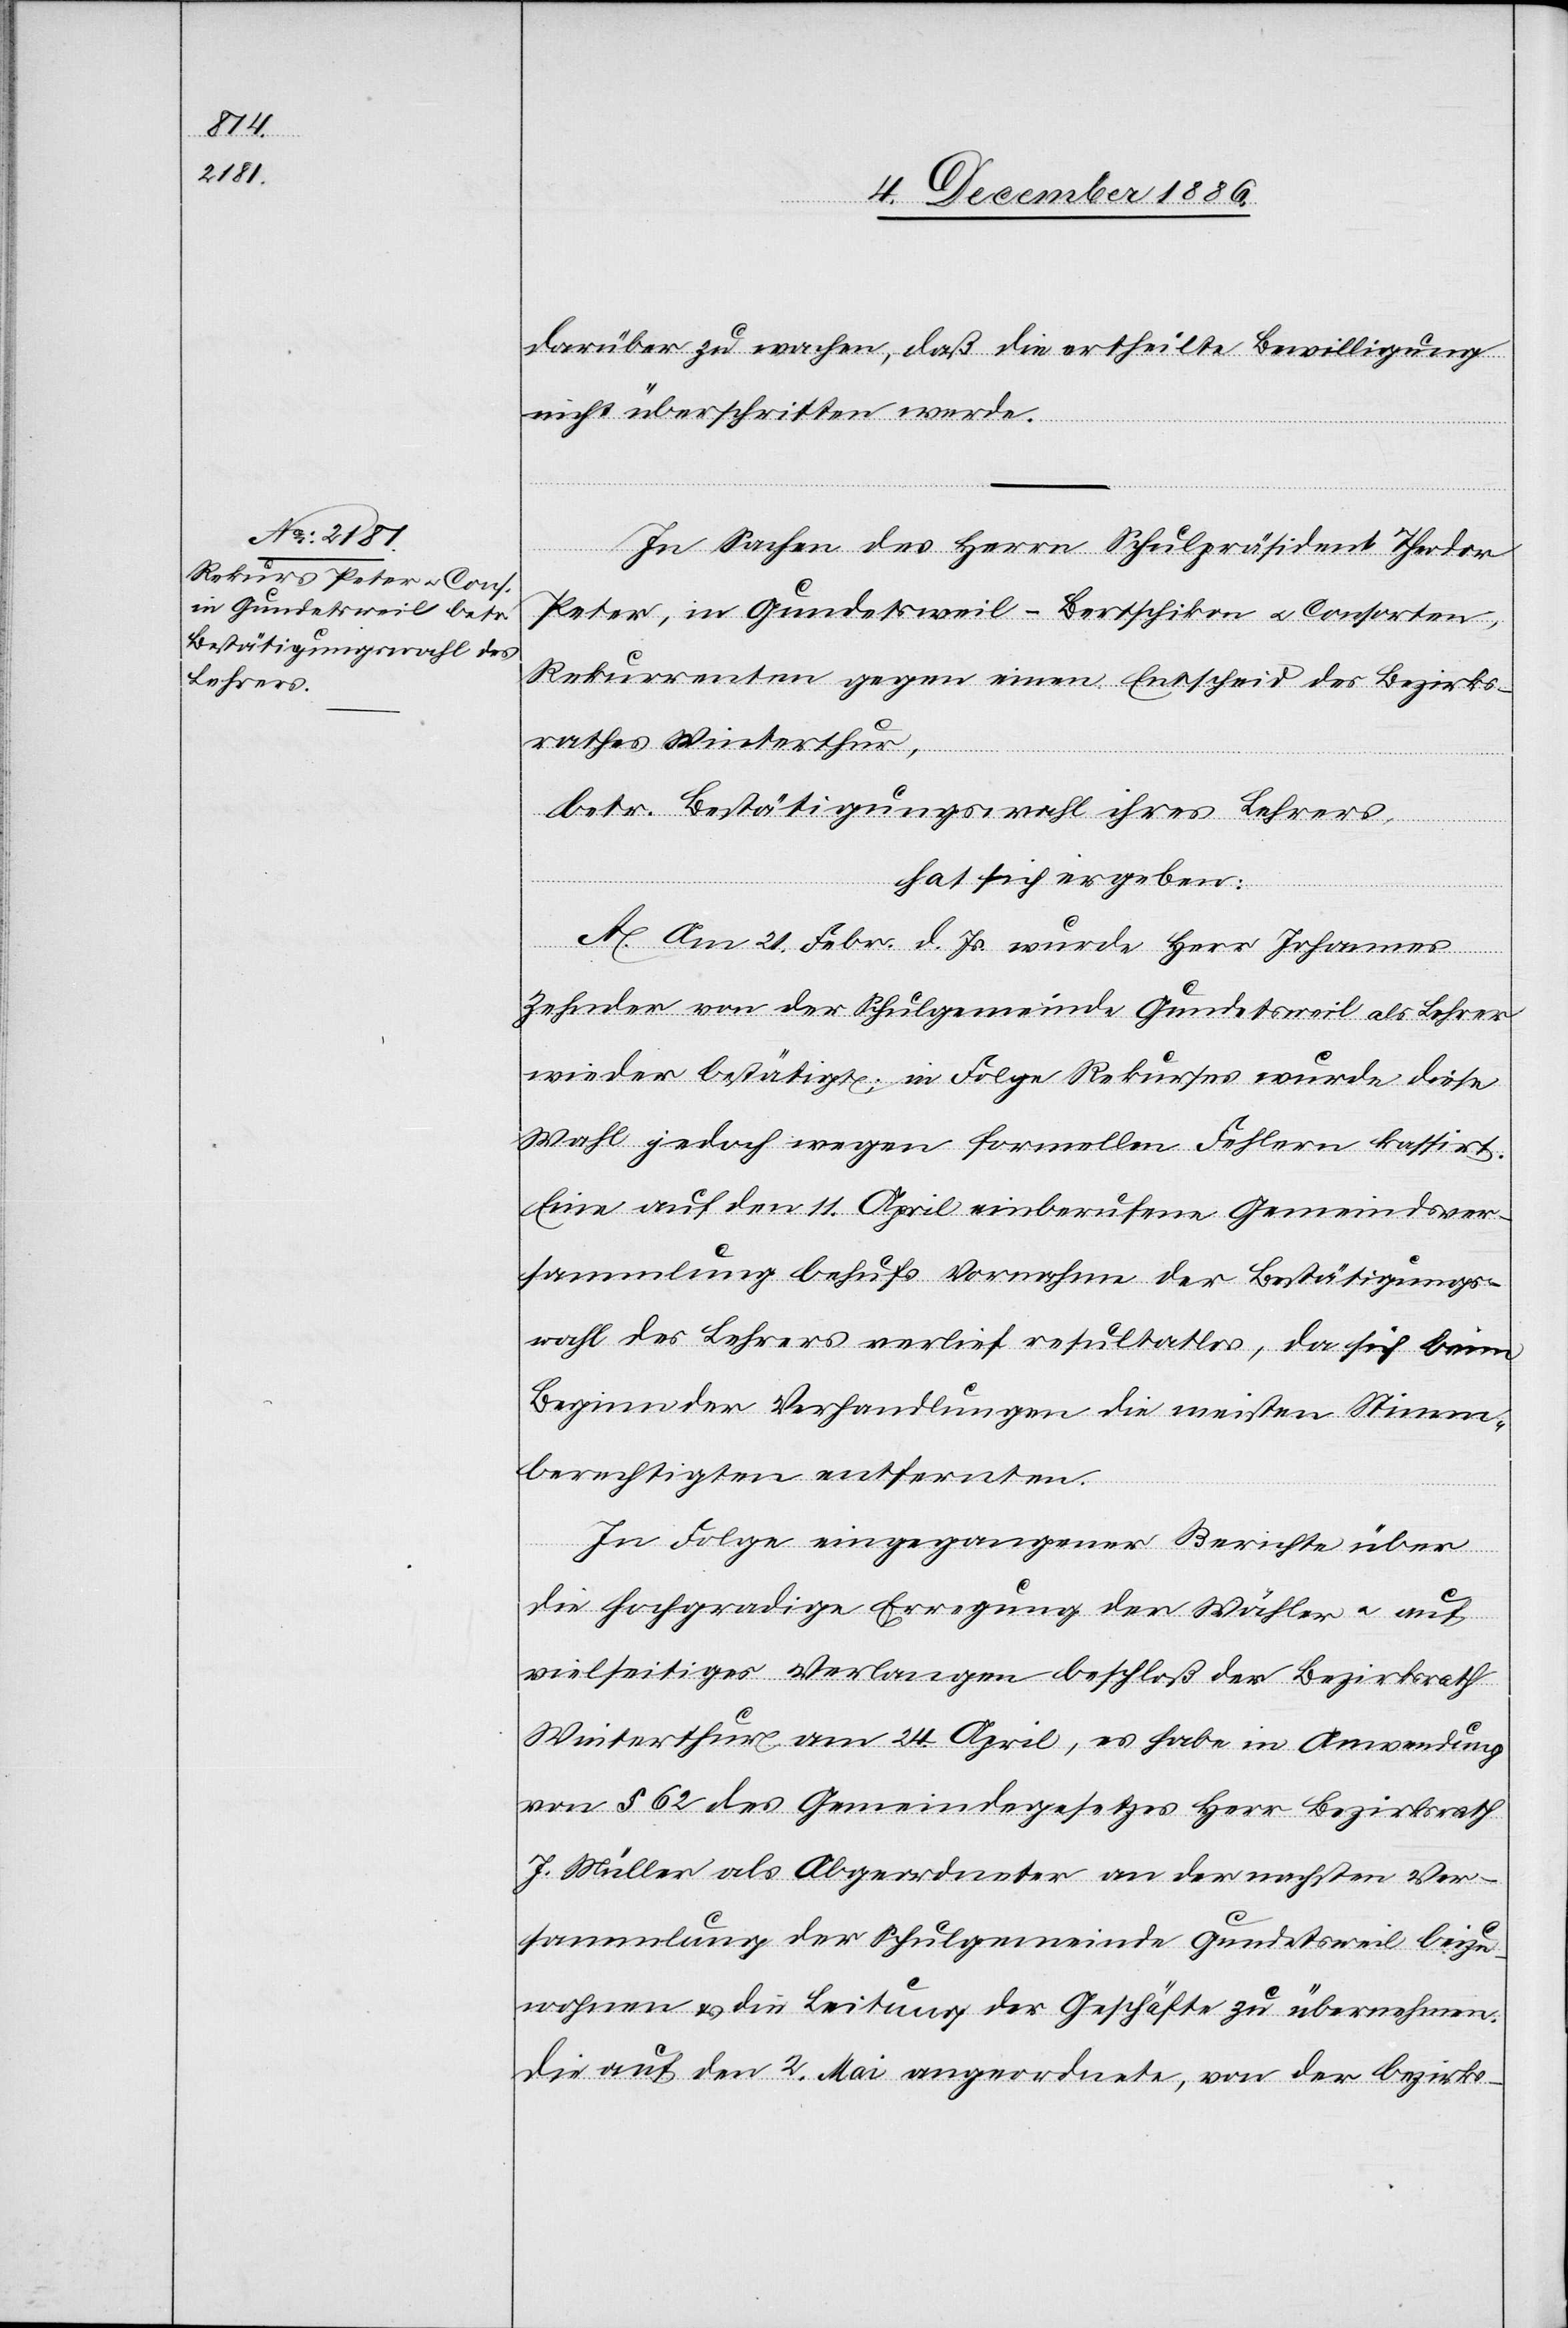
darüber zu wachen, daß die ertheilte Bewilligung
nicht überschritten werde.
In Sachen des Herrn Schulpräsident Theodor
Peter, in Gundetsweil - Bertschikon & Consorten,
Rekurrenten gegen einen Entscheid des Bezirks¬
rathes Winterthur,
betr. Bestätigungswahl ihres Lehrers,
hat sich ergeben:
A. Am 21. Febr. d. Js. wurde Herr Johannes
Zehnder von der Schulgemeinde Gundetsweil als Lehrer
wieder bestätigt; in Folge Rekurses wurde diese
Wahl jedoch wegen formellen Fehlern kassirt.
Eine auf den 11. April einberufene Gemeindsver¬
sammlung behufs Vornahme der Bestätigungs¬
wahl des Lehrers verlief resultatlos, da sich beim
Beginn der Verhandlungen die meisten Stimm¬
berechtigten entfernten.
In Folge eingegangener Berichte über
die hochgradige Erregung der Wähler & auf
vielseitiges Verlangen beschloß der Bezirksrath
Winterthur am 24. April, es habe in Anwendung
von § 62 des Gemeindegesetzes Herr Bezirksrath
J. Müller als Abgeordneter an der nachsten
Versammlung der Schulgemeinde Gundetsweil beizu¬
wohnen & die Leitung der Geschäfte zu übernehmen.
Die auf den 2. Mai angeordnete, von der Bezirks-